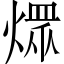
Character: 𤎏